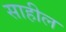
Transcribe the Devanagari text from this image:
साहील